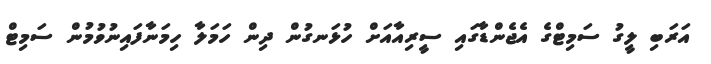
އަރަބި ލީގު ސަމިޓްގެ އެޖެންޑާގައި ސީރިއާއަށް ހުޅަނގުން ދިން ހަމަލާ ހިމަނާފައިނުވުމުން ސަމިޓް